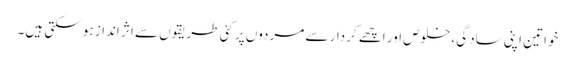
خواتین اپنی سادگی، خلوص اور اچھے کردار سے مردوں پر کئی طریقوں سے اثر انداز ہو سکتی ہیں۔